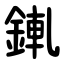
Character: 錷